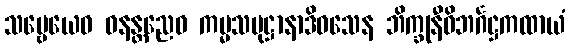
သဗ္ဗေယေဝ ဝနန္တညေဝ ကမ္မသမုဋ္ဌာနာဒိဝသေန ဘိက္ခုနီဝိဘင်္ဂဋ္ဌကထာယံ